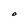
Character: O